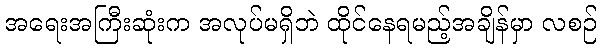
အရေးအကြီးဆုံးက အလုပ်မရှိဘဲ ထိုင်နေရမည့်အချိန်မှာ လစဉ်